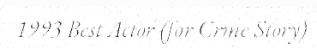
1993 Best Actor (for Crme Story)